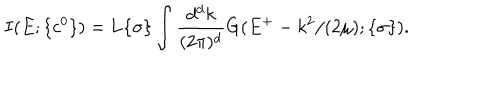
LaTeX: I ( E ; \{ c ^ { 0 } \} ) = { \bf L } { \{ \sigma \} } \int \displaystyle \frac { d ^ { d } k } { ( 2 \pi ) ^ { d } } G ( E ^ { + } - k ^ { 2 } / ( 2 \mu ) ; \{ \sigma \} ) .